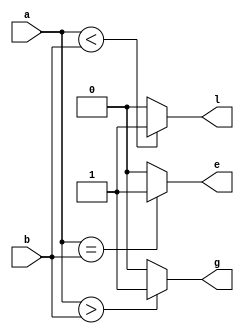
`timescale 1ns / 1ps
//////////////////////////////////////////////////////////////////////////////////
// Company: 
// Engineer: 
// 
// Design Name: 
// Module Name:    D1bitcomparator 
// Project Name: 
// Target Devices: 
// Tool versions: 
// Description: 
//
// Dependencies: 
//
// Revision: 
// Revision 0.01 - File Created
// Additional Comments: 
//
//////////////////////////////////////////////////////////////////////////////////
module D1bitcomparator(g,e,l,a,b
    );
input a,b;
output g,e,l;
wire g,e,l;
assign g=a>b?1:0;
assign e=a==b?1:0;
assign l=a<b?1:0;
endmodule


/*
assign g=a&(~b);
assign e=a~^b;
assign l=(~a)&b;
endmodule
*/